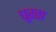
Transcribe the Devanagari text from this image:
धूरता